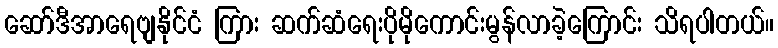
ဆော်ဒီအာရေဗျနိုင်ငံ ကြား ဆက်ဆံရေးပိုမိုကောင်းမွန်လာခဲ့ကြောင်း သိရပါတယ်။